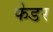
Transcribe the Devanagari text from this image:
फेडर